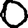
Digit: 0